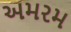
અમરમ